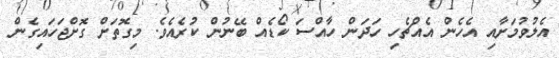
އެލުވުމަށާއި އެހެން އެއްޗެހި ހަދަން ހާއްސަ ކޯޑެއް ބޭނުން ކުރެއެވެ. މިގޮތަށް ގޮށްޖަހައިގެން